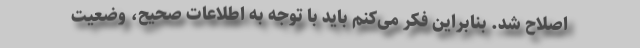
اصلاح شد. بنابراین فکر می‌کنم باید با توجه به اطلاعات صحیح، وضعیت